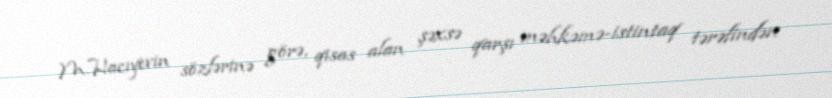
M.Hacıyevin sözlərinə görə, qisas alan şəxsə qarşı məhkəmə-istintaq tərəfindən